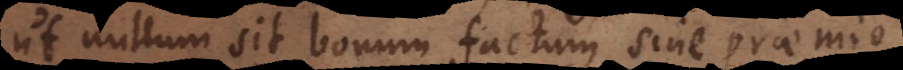
ut nullum sit bonum factum sine praemio,